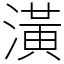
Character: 潢